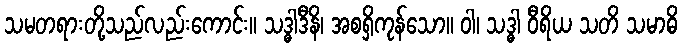
သမတရားတို့သည်လည်းကောင်း။ သဒ္ဓါဒီနိ၊ အစရှိကုန်သော။ ဝါ၊ သဒ္ဓါ ဝီရိယ သတိ သမာဓိ